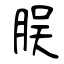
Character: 脵